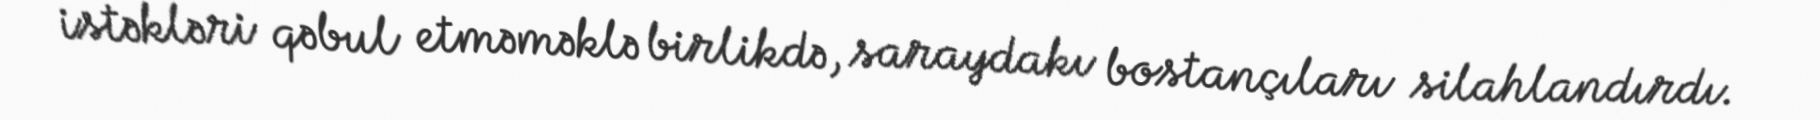
istəkləri qəbul etməməklə birlikdə, saraydakı bostançıları silahlandırdı.